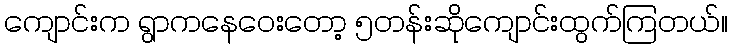
ကျောင်းက ရွာကနေဝေးတော့ ၅တန်းဆိုကျောင်းထွက်ကြတယ်။